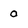
Character: 0